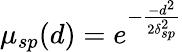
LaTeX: \mu_{sp}(d)=e^{-\frac{-d^{2}}{2\delta_{sp}^{2}}}